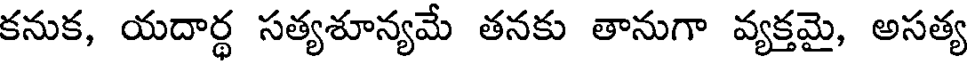
కనుక, యదార్ధ సత్యశూన్యమే తనకు తానుగా వ్యక్తమై, అసత్య